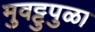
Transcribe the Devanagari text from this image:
मुवट्टुपुळा